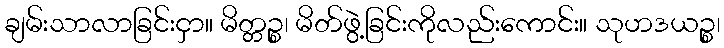
ချမ်းသာလာခြင်းငှာ။ မိတ္တဉ္စ၊ မိတ်ဖွဲ့ခြင်းကိုလည်းကောင်း။ သုဟဒယဉ္စ၊